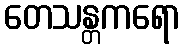
တေသန္တကရော